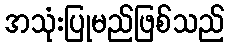
အသုံးပြုမည်ဖြစ်သည်